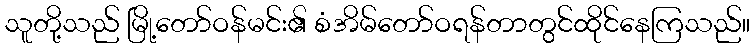
သူတို့သည် မြို့တော်ဝန်မင်း၏ စံအိမ်တော်ဝရန်တာတွင်ထိုင်နေကြသည်။